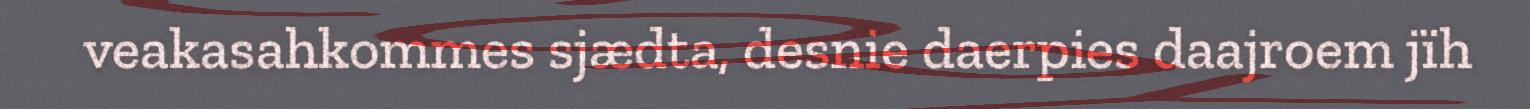
veakasahkommes sjædta, desnie daerpies daajroem jïh